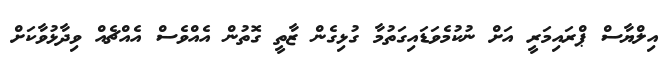
އިލްޔާސް ޕްރައިމަރީ އަށް ނުކުމެވަޑައިގަތުމާ ގުޅިގެން ޒާތީ ގޮތުން އެއްވެސް އެއްޗެއް ވިދާޅުވާކަށް